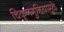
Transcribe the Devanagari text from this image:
चिकुनगुनियामुळे